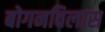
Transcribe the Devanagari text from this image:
बोगनविलास